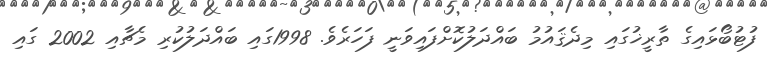
ފުޓުބޯޅައިގެ ތާރީޚުގައި މިދެޤައުމު ބައްދަލުކޮށްފައިވަނީ ފަހަރެވެ. 1998ގައި ބައްދަލުކުރި މެޗާއި 2002 ގައި